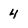
Character: 4